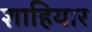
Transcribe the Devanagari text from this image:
शाहियार